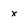
Character: x